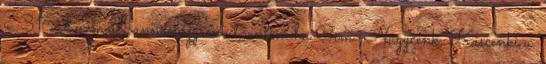
u. 31 a E-mail: annanagycenk t-online.hu Cím: Nagycenk, Kiscenki u.